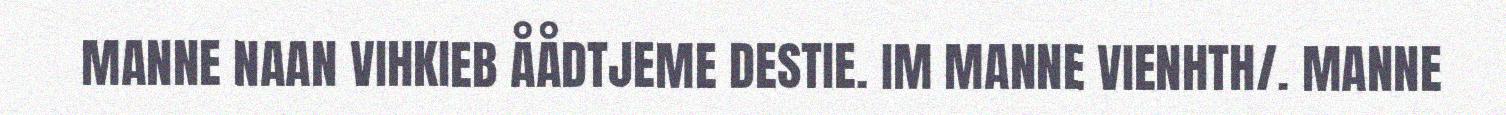
MANNE NAAN VIHKIEB ÅÅDTJEME DESTIE. IM MANNE VIENHTH/. MANNE